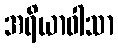
အရိယာဝါသာ